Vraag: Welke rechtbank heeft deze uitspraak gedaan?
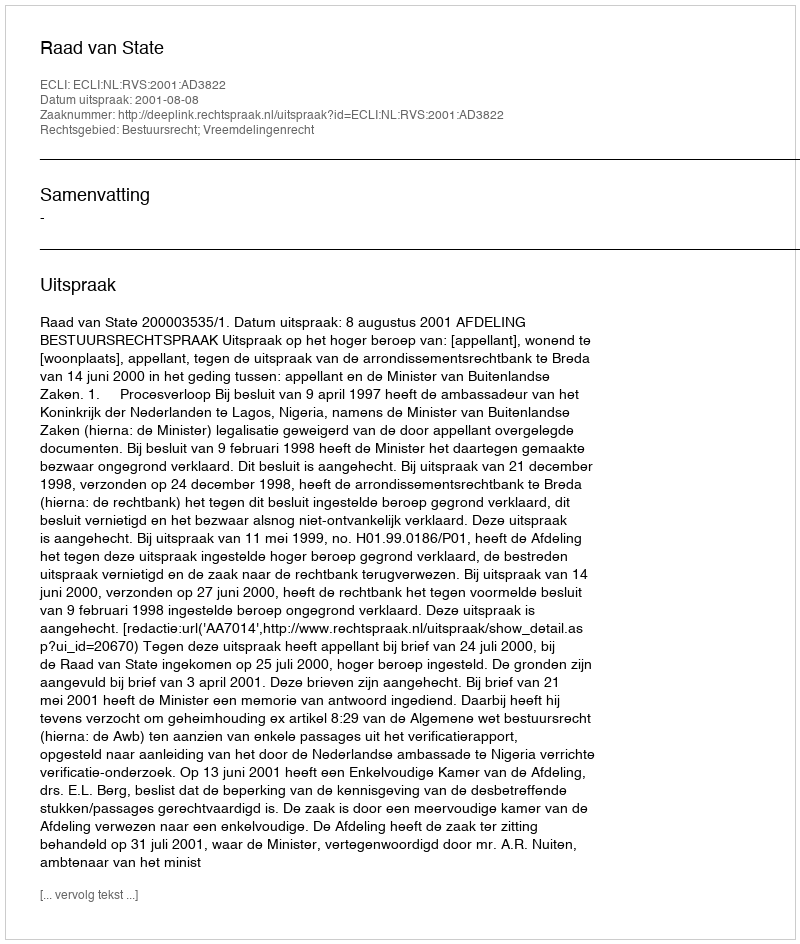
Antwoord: Raad van State